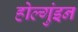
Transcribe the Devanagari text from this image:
होल्गुंइन